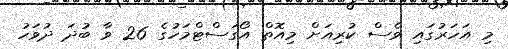
މި އަހަރުގައި ވެސް ކުރިއަށް މިއޮތް އޯގަސްޓްމަހުގެ 26 ވާ ބުދަ ދުވަހު